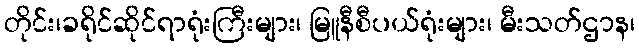
တိုင်း၊ခရိုင်ဆိုင်ရာရုံးကြီးများ၊ မြူနီစီပယ်ရုံးများ၊ မီးသတ်ဌာန၊